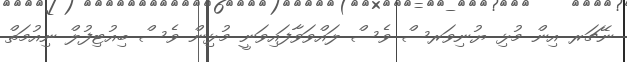
ނޭޗަރ އިން މުޅި ޔުނިވަރސް ވެސް ލައްވަވާފައިވަނީ މުޅިން ވެސް ބިއުޓިފުލް ނިއުމަތް